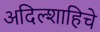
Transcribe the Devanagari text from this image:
अदिल्शाहिचे